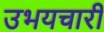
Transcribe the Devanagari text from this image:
उभयचारी